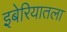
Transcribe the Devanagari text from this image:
इबेरियातला